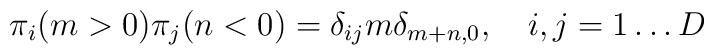
\pi_i(m>0)\pi_j(n<0) = \delta_{ij}m\delta_{m+n,0},\quad i,j = 1\dots D